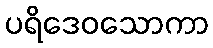
ပရိဒေဝသောကာ